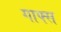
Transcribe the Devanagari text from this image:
गाफ्स